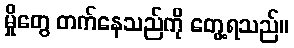
မှိုတွေ တက်နေသည်ကို တွေ့ရသည်။